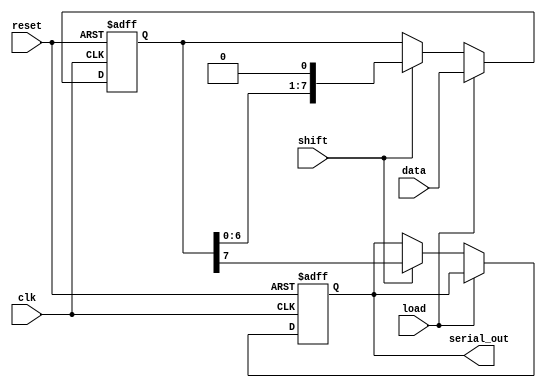
module PISO_Register (
    input wire [7:0] data,           // 8-bit parallel data input
    input wire load,                 // Control signal to load data
    input wire shift,                // Control signal to shift data
    input wire clk,                  // Clock signal
    input wire reset,                // Asynchronous reset signal
    output reg serial_out            // Serial output
);

// Internal 8-bit register
reg [7:0] shift_reg;

always @(posedge clk or posedge reset) begin
    if (reset) begin
        // Asynchronous reset: clear the shift register
        shift_reg <= 8'b00000000;
        serial_out <= 1'b0;          // Clear serial output as well
    end else if (load) begin
        // Load the data into the shift register
        shift_reg <= data;
    end else if (shift) begin
        // Shift the data serially
        serial_out <= shift_reg[7];  // Output MSB to serial_out
        shift_reg <= {shift_reg[6:0], 1'b0}; // Shift left and fill LSB with 0
    end
end

endmodule